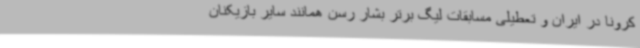
کرونا در ایران و تعطیلی مسابقات لیگ برتر بشار رسن همانند سایر بازیکنان